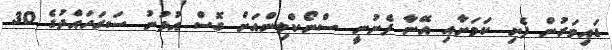
ޑައިވަރުން ފެށި ކަމަށާއި އޭނާ ފެނުނީ ސްނޯކްލިންއަށް ގޮސް އުޅުނު ސަރަހައްދުގެ 30